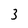
Character: 3